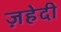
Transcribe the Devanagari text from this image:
ज़हेदी